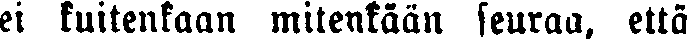
ei kuitenkaan mitenkään seuraa, että